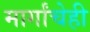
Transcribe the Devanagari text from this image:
मार्गांचेही